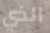
الذي